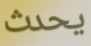
يحدث